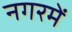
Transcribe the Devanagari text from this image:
नगरमें